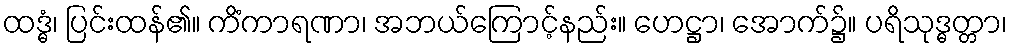
ထဒ္ဓံ၊ ပြင်းထန်၏။ ကိံကာရဏာ၊ အဘယ်ကြောင့်နည်း။ ဟေဋ္ဌာ၊ အောက်၌။ ပရိသုဒ္ဓတ္တာ၊